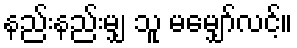
နည်းနည်းမျှ သူ မမျှော်လင့်။